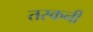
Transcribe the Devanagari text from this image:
तस्कनी